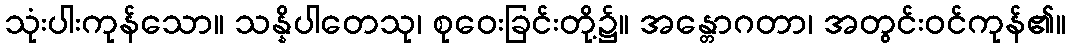
သုံးပါးကုန်သော။ သန္နိပါတေသု၊ စုဝေးခြင်းတို့၌။ အန္တောဂတာ၊ အတွင်းဝင်ကုန်၏။